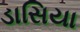
ડાસિયા